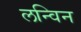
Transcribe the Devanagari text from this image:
लन्विन